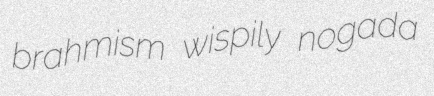
brahmism wispily nogada